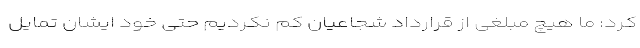
کرد: ما هیچ مبلغی از قرارداد شجاعیان کم نکردیم حتی خود ایشان تمایل